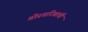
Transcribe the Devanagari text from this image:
गोरगरिबांची